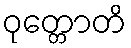
ဝုတ္တောတိ